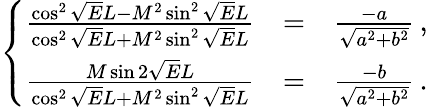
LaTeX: \left\{ \begin{array}{rcl}{\frac{\cos^{2}\sqrt{E}L-M^{2}\sin^{2}\sqrt{E}L}{\cos^{2}\sqrt{E}L+M^{2}\sin^{2}\sqrt{E}L}}&{=}&{\frac{-a}{\sqrt{a^{2}+b^{2}}}\, ,}\\ {\frac{M\sin 2\sqrt{E}L}{\cos^{2}\sqrt{E}L+M^{2}\sin^{2}\sqrt{E}L}}&{=}&{\frac{-b}{\sqrt{a^{2}+b^{2}}}\, .}\end{array}\right.